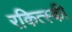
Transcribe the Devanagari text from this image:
रकित्स्की